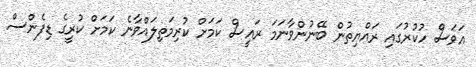
އަވަސް ހުކުރުގައި ރައްޔިތުން ބޭނުންވާނަމަ ރައީސް ކަމަށް ކުރިމަތިލައްވާނެ ކަމަށް ކުރީގެ ޑިފެންސް